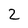
Character: 2